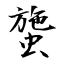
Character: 䗐